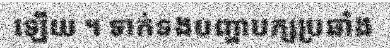
ឡើយ ។ ទាក់ទងបញ្ហាបក្សប្រឆាំង